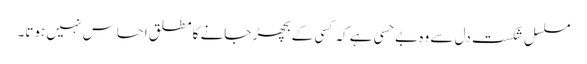
مسلسل شکست دل سے وہ بے حسی ہے کہ کسی کے بچھڑ جانے کا مطلق احساس نہیں ہوتا۔